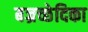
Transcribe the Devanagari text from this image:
बज्रच्छेदिका